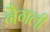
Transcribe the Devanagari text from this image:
नैगली